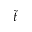
\tilde { t }